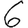
Digit: 6